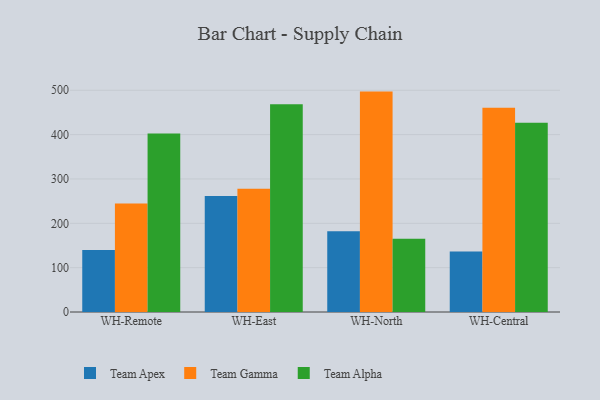
{"axis": {"x": "Warehouse", "y": "Revenue (USD Million)"}, "legend": ["Team Alpha", "Team Apex", "Team Gamma"], "data": [{"x": "WH-Remote", "y": 140.0, "type": "Team Apex"}, {"x": "WH-Remote", "y": 244.8, "type": "Team Gamma"}, {"x": "WH-Remote", "y": 402.5, "type": "Team Alpha"}, {"x": "WH-East", "y": 261.8, "type": "Team Apex"}, {"x": "WH-East", "y": 278.2, "type": "Team Gamma"}, {"x": "WH-East", "y": 468.6, "type": "Team Alpha"}, {"x": "WH-North", "y": 181.9, "type": "Team Apex"}, {"x": "WH-North", "y": 497.0, "type": "Team Gamma"}, {"x": "WH-North", "y": 165.4, "type": "Team Alpha"}, {"x": "WH-Central", "y": 136.7, "type": "Team Apex"}, {"x": "WH-Central", "y": 460.7, "type": "Team Gamma"}, {"x": "WH-Central", "y": 426.5, "type": "Team Alpha"}]}